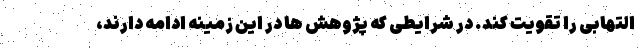
التهابی را تقویت کند. در شرایطی که پژوهش ها در این زمینه ادامه دارند،